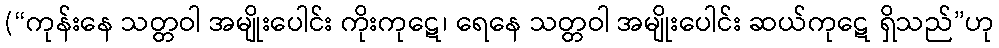
(“ကုန်းနေ သတ္တဝါ အမျိုးပေါင်း ကိုးကုဋေ၊ ရေနေ သတ္တဝါ အမျိုးပေါင်း ဆယ်ကုဋေ ရှိသည်”ဟု